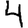
Digit: 4